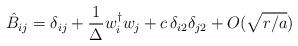
LaTeX: \begin{align*}\hat B_{ij} = \delta_{ij} + {1 \over \Delta} w_i^\dagger w_j + c \, \delta_{i2}\delta_{j2} + O(\sqrt{r/a})\end{align*}